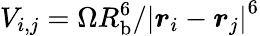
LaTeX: V_{i,j}=\Omega R_{\mathrm{b}}^{6}/\left|\boldsymbol{r}_{i}-\boldsymbol{r}_{j}\right|^{6}